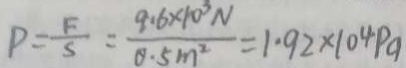
P = \frac { F } { S } = \frac { 9 . 6 \times 1 0 ^ { 3 } N } { 0 . 5 m ^ { 2 } } = 1 . 9 2 \times 1 0 4 p a